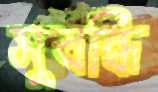
সুবন্ধি